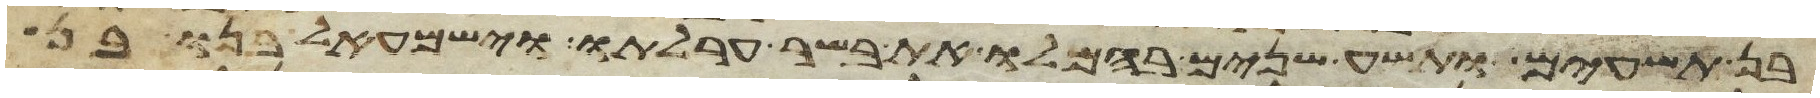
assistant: בן תשעים ותשע שנים בהמלו את בשר ערלתו וישמעאל בנו בן